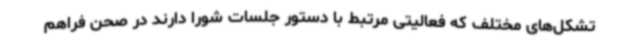
تشکل‌های مختلف که فعالیتی مرتبط با دستور جلسات شورا دارند در صحن فراهم